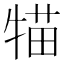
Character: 𤚐